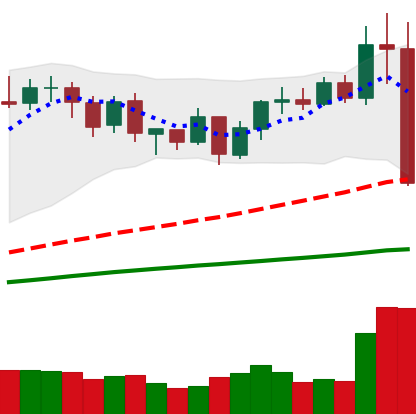
Ticker: BNB-USD
Chart end date: 2020-09-03
Forward return: 12.465%
Label: up_7plus